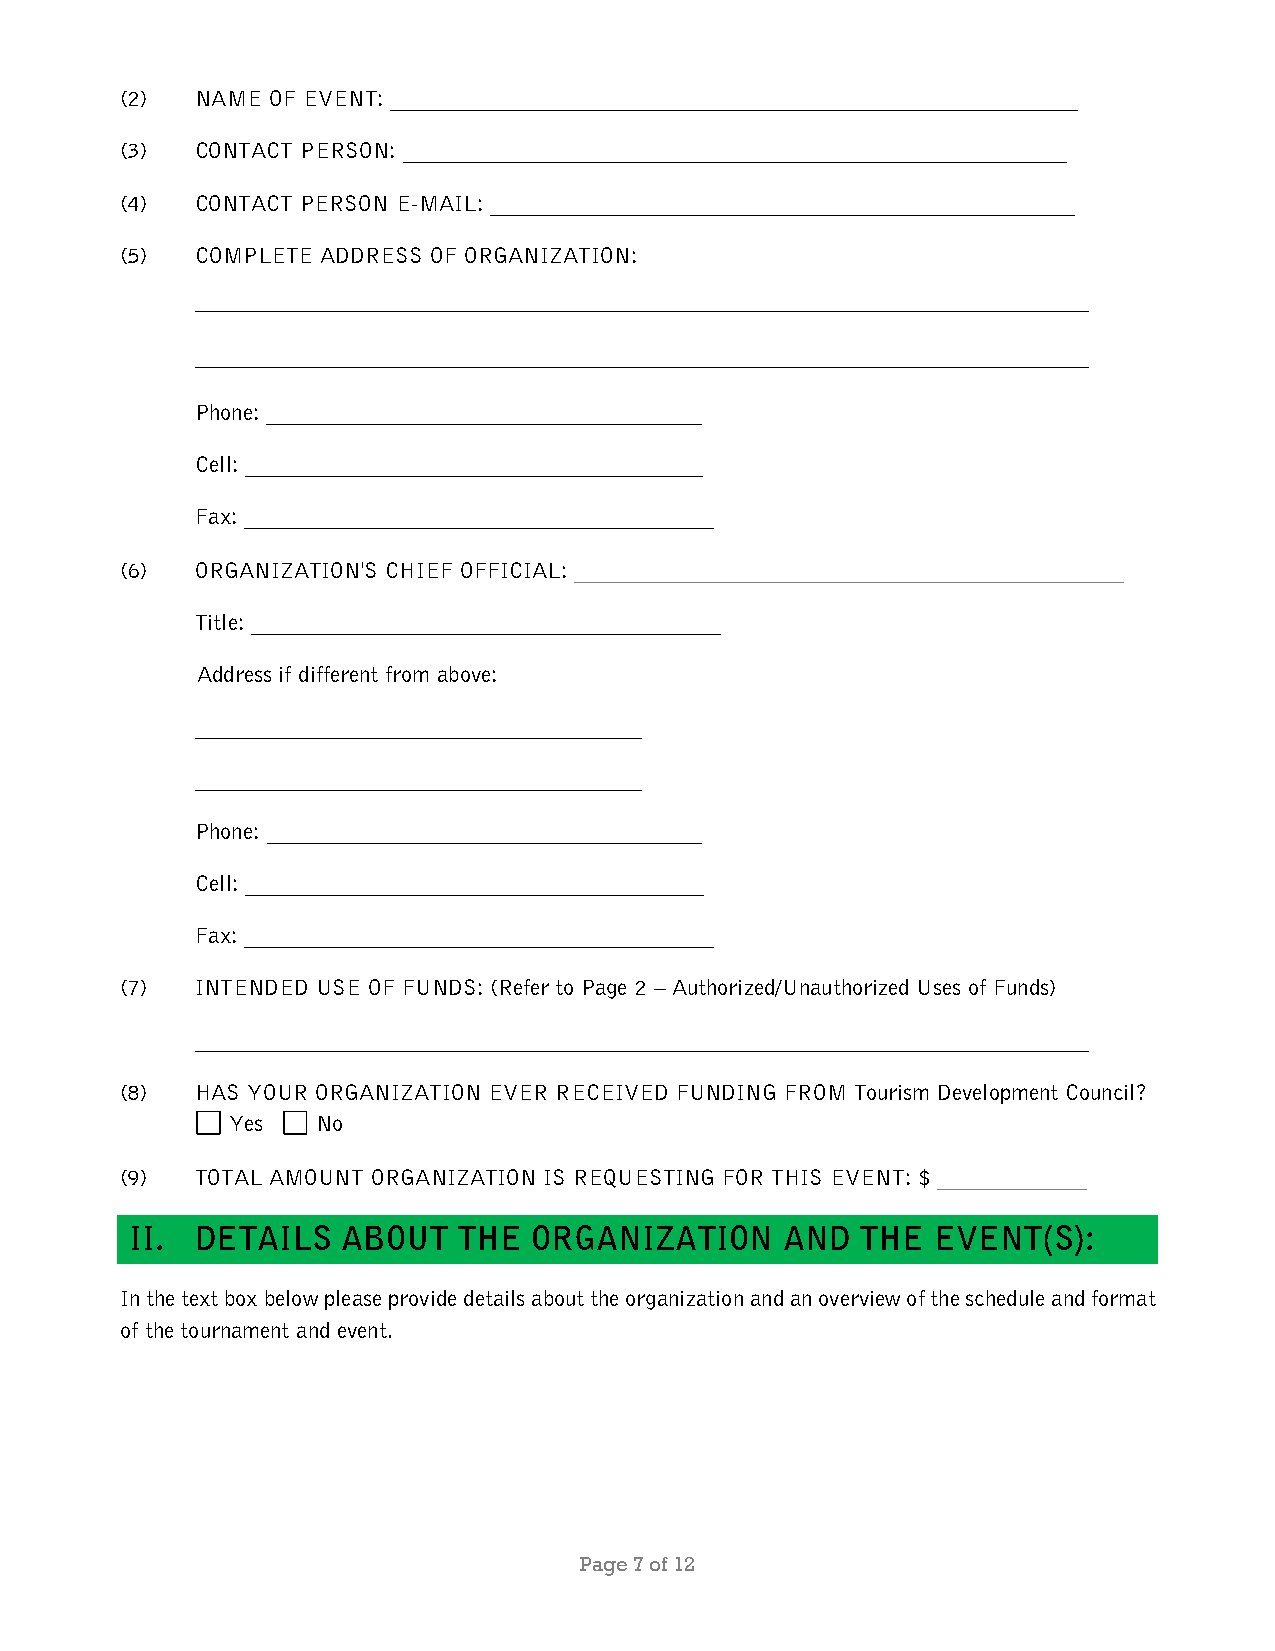
(2)  NAME OF EVENT: ____________________________________________________________
 (3)  CONTACT PERSON: __________________________________________________________
 (4)  CONTACT PERSON E-MAIL: ___________________________________________________
 (5)  COMPLETE ADDRESS OF ORGANIZATION:
 ______________________________________________________________________________
 ______________________________________________________________________________
 Phone: ______________________________________
 Cell: ________________________________________
 Fax: _________________________________________
 (6)  ORGANIZATION'S CHIEF OFFICIAL: ____________________________________________
 Title: _________________________________________
 Address if different from above:
 _______________________________________
 _______________________________________
 Phone: ______________________________________
 Cell: ________________________________________
 Fax: _________________________________________
 (7)  INTENDED USE OF FUNDS: (Refer to Page 2 – Authorized/Unauthorized Uses of Funds)
 ______________________________________________________________________________
 (8)  HAS YOUR ORGANIZATION EVER RECEIVED FUNDING FROM Tourism Development Council?
 Yes   No
 (9)  TOTAL AMOUNT ORGANIZATION IS REQUESTING FOR THIS EVENT: $ ____________
 II. DETAILS   ABOUT  THE  ORGANIZATION     AND  THE  EVENT(S):
 In the text box below please provide details about the organization and an overview of the schedule and format
 of the tournament and event.
 Page 7 of 12